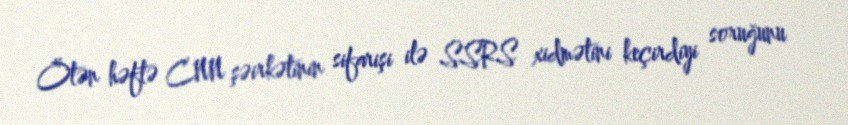
Ötən həftə CNN şəirkətinin sifarişi ilə SSRS xidmətini keçirdiyi soruğunu